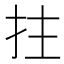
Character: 拄